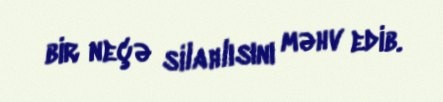
bir neçə silahlısını məhv edib.